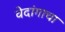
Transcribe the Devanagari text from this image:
वेदांगाचा